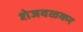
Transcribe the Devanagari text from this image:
शेजवळकर